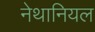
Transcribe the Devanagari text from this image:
नेथानियल